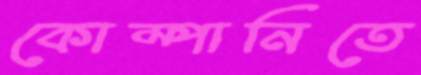
কোম্পানিতে